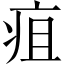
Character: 疽